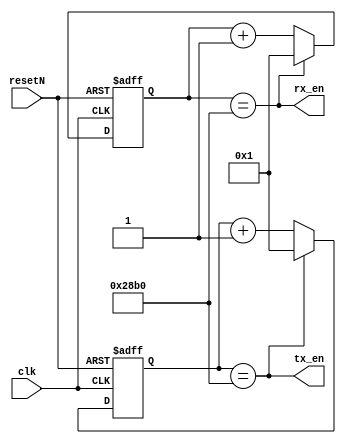
module bitrate_converter(
    clk,
    rx_en, 
    tx_en,
    resetN
);
  
  parameter baudrate = 100000000 / 9600;  // 100 MHz clock, baud : 9600
  
  input clk, resetN;
  output wire rx_en, tx_en;
  
  reg[15:0] buadCountRX, buadCountTX;
  reg[15:0] rate = baudrate;
  
  // RX RATE
  always @ (posedge clk or negedge resetN) begin
    if (~resetN) begin
        buadCountRX <= 16'b1;
    end else if (rx_en) begin
        buadCountRX <= 16'b1;
    end else begin
        buadCountRX <= buadCountRX + 1'b1;
    end
  end 
  assign rx_en = (buadCountRX == rate);
  
  // TX RATE
  always @ (posedge clk or negedge resetN) begin
    if (~resetN) begin
        buadCountTX <= 16'b1;
    end else if (tx_en) begin
        buadCountTX <= 16'b1;
    end else begin
        buadCountTX <= buadCountTX + 1'b1;
    end
  end 
  assign tx_en = (buadCountTX == rate);
  
endmodule